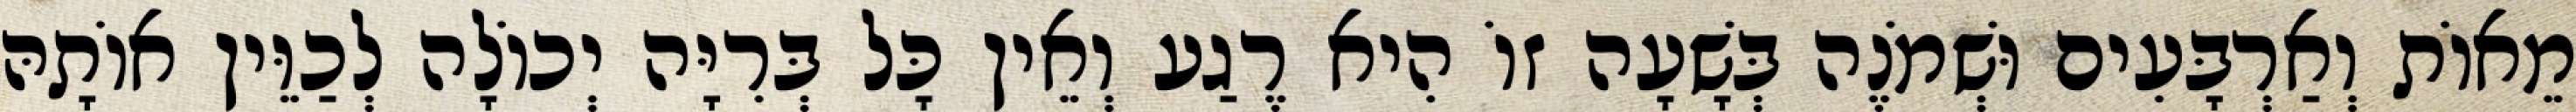
מֵאוֹת וְאַרְבָּעִים וּשְׁמֹנֶה בְּשָׁעָה זוֹ הִיא רֶגַע וְאֵין כָּל בְּרִיָּה יְכוֹלָה לְכַוֵּין אוֹתָהּ